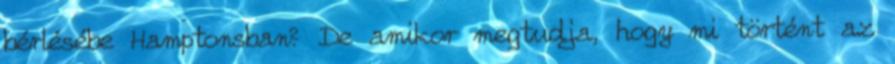
bérlésébe Hamptonsban? De amikor megtudja, hogy mi történt az